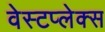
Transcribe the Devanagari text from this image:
वेस्टप्लेक्स